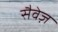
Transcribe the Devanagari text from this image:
सैवेज़